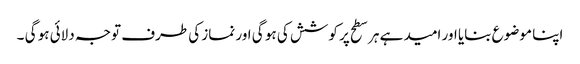
اپنا موضوع بنایا اور امید ہے ہر سطح پر کوشش کی ہو گی اور نماز کی طرف توجہ دلائی ہو گی ۔